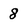
Character: 8